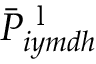
\bar { P } _ { i y m d h } ^ { \mathrm { ~ l ~ } }